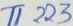
Text: T1223